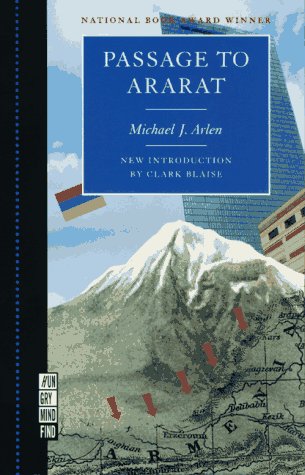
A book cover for Passage to Ararat (A Ruminator Find); Michael Arlen; Travel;